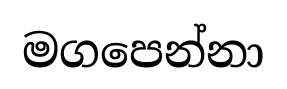
මගපෙන්නා